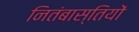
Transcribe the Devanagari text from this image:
नितंबास्तियों